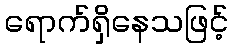
ရောက်ရှိနေသဖြင့်